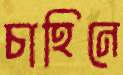
চাহিনে